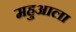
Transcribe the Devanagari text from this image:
महुआला